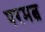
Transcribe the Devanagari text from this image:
परमत्व